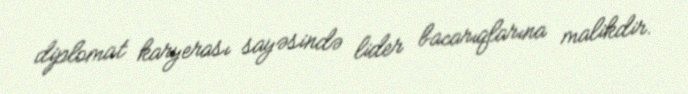
diplomat karyerası sayəsində lider bacarıqlarına malikdir.